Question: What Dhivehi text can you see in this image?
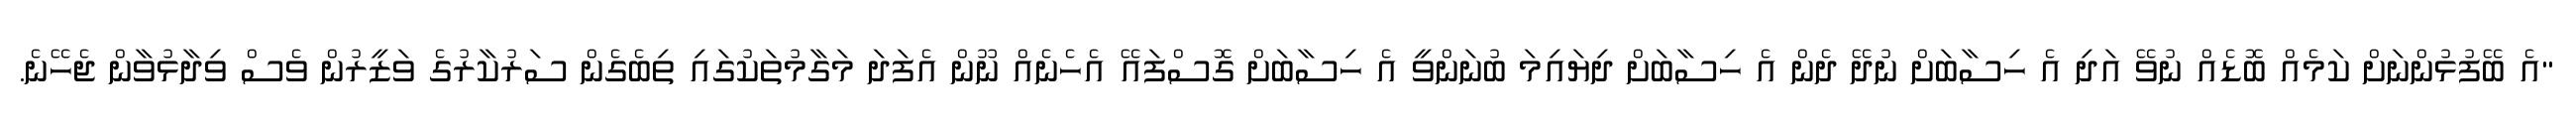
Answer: "އެ ބޭފުޅުންނަށް ކަމެއް ބޮޑެއް ނުވޭ އަދި އެ ހިސާބަށް ނުދޭ ދެން އެ ހިސާބަށް ދިޔައިމަ ބުނަންވީ އެ ހިސާބަށް ގޮސްފައޭ އެހެނެއް ނޫން އެފަދަ މަގާމުތަކުގައި ތިބެގެން ސަރުކާރުގެ ވަޒީރުން ވެސް ވިދާޅުވާން ޖެހޭނެ.